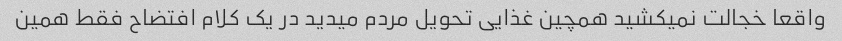
واقعا خجالت نمیکشید همچین غذایی تحویل مردم میدید در یک کلام افتضاح فقط همین